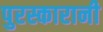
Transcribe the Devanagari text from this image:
पुरस्कारानी